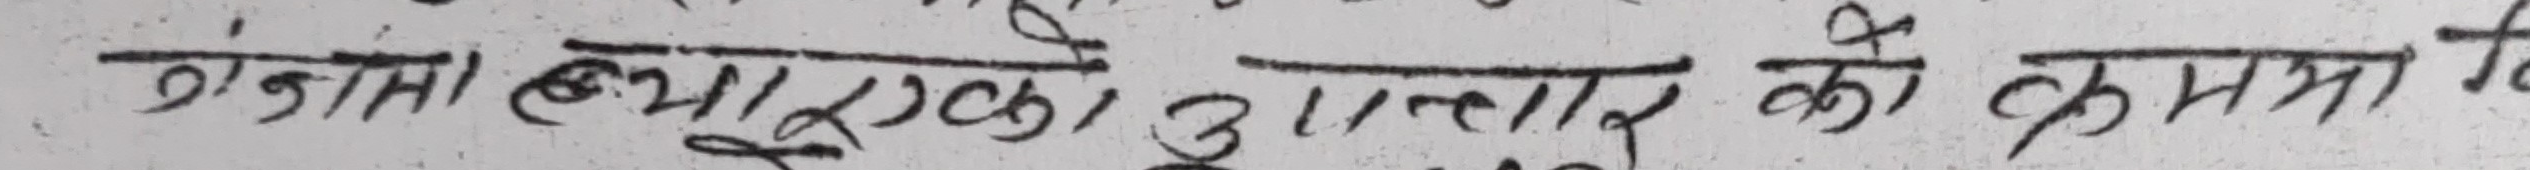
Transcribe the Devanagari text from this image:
जसमा क्याएकको आधार को कममा ते